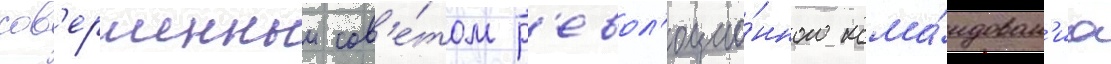
сов'ершенныи сов'е́том р'евол'юцио́нного кома́ндован'иа